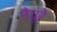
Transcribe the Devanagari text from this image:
नैचुरे